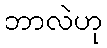
ဘာလဲဟု